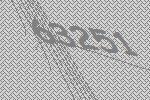
63251